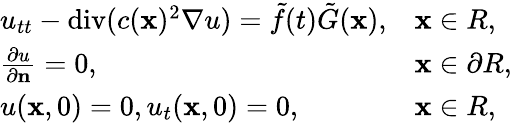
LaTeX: \begin{array}{r}{\begin{array}{ll}{u_{tt}-\mathrm{div}(c(\mathbf x)^{2}\nabla u)=\tilde{f}(t)\tilde{G}(\mathbf x),}&{\mathbf x\in R,}\\ {{\frac{\partial u}{\partial\mathbf n}}=0,}&{\mathbf x\in\partial R,}\\ {u(\mathbf x,0)=0,u_{t}(\mathbf x,0)=0,}&{\mathbf x\in R,}\end{array}}\end{array}